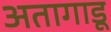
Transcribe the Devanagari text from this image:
अतागाडू